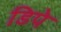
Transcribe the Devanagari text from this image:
डिपे